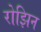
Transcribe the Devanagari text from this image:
रोझिन